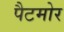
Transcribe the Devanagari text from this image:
पैटमोर